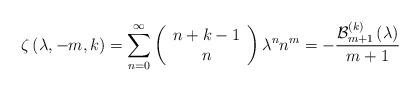
LaTeX: \begin{align*}\zeta \left( \lambda ,-m,k\right) =\sum_{n=0}^{\infty }\left( \begin{array}{c}n+k-1 \\ n\end{array}\right) \lambda ^{n}n^{m}=-\frac{\mathcal{B}_{m+1}^{\left( k\right) }\left(\lambda \right) }{m+1} \end{align*}